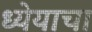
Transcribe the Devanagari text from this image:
ध्येयाचा